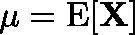
\mathbf { \mu = \operatorname { E } [ X ] }